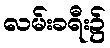
လမ်းခရီး၌